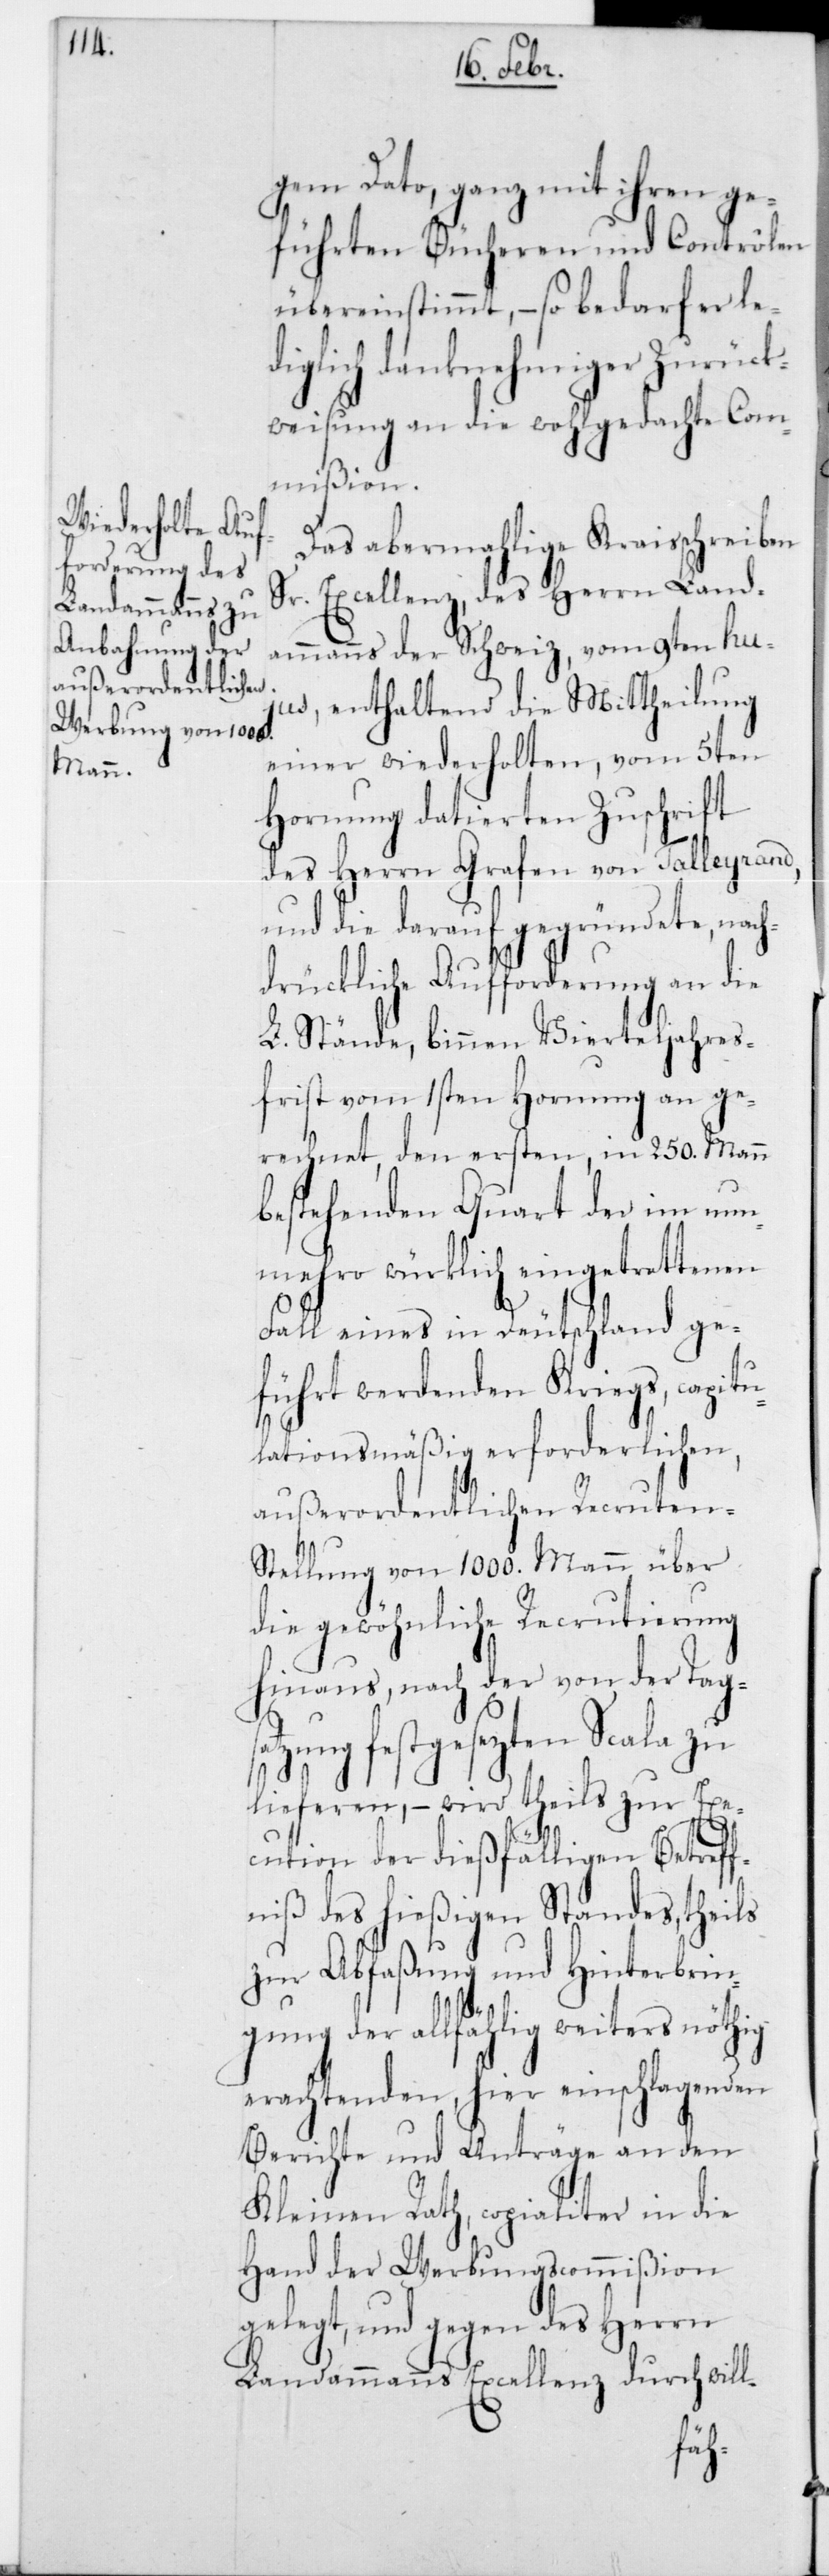
gem Dato, ganz mit ihren ge¬
führten Bücheren und Contrôlen
übereinstimmt, – so bedarf er le¬
diglich danknehmiger Zurück¬
weisung an die wohlgedachte Com¬
mißion.
Das abermahlige Kreisschreiben
Sr. Excellenz, des Herrn Land¬
ammanns der Schweiz, vom 9ten huj¬
us, enthaltend die Mittheilung
einer wiederholten, vom 5ten
Hornung datierten Zuschrift
des Herrn Grafen von Talleyrand,
und die darauf gegründete, nac¬
drückliche Aufforderung an die
L. Stände, binnen Vierteljahres¬
frist vom 1sten Hornung an ge¬
rechnet, den ersten, in 250 Mann
bestehenden Quart der im nun¬
mehro würklich eingetrettenen
Fall eines in Deutschland ge¬
führt werdenden Kriegs, capit¬
ulationsmäßig erforderlichen,
außerordentlichen Recruten-S¬
tellung von 1000 Mann über
die gewöhnliche Recrutierung
hinaus, nach der von der Tags¬
atzung festgesezten Scala zu
lieferen, – wird theils zur Exe¬
cution der dießfälligen Betreff¬
niß des hießigen Standes, theils
zur Abfaßung und Hinterbrin¬
gung der allfählig weiters nöthig
erachtenden, hier einschlagenden
Berichte und Anträge an den
Kleinen Rath, copialiter in die
Hand der Werbungscommißion
gelegt, und gegen des Herrn
Landammanns Excellenz durchwill-
h¬